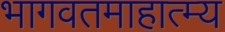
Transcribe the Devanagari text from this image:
भागवतमाहात्म्य